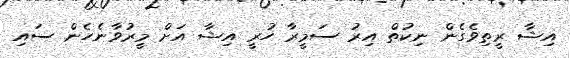
އިޝާ ރީތިވެގެން ނިކުތް އިރު ސަމީރާ ހުރީ އިޝާ އަށް މީރުވާނެހެން ސައި